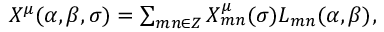
\begin{array} { l c r } { { X ^ { \mu } ( \alpha , \beta , \sigma ) = \sum _ { m n \in { Z } } X _ { m n } ^ { \mu } ( \sigma ) L _ { m n } ( \alpha , \beta ) , } } \end{array}